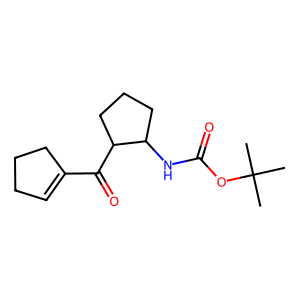
SMILES: CC(C)(C)OC(=O)NC1CCCC1C(=O)C1=CCCC1
Inhibits HIV replication: No